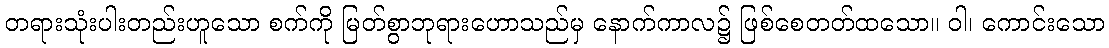
တရားသုံးပါးတည်းဟူသော စက်ကို မြတ်စွာဘုရားဟောသည်မှ နောက်ကာလ၌ ဖြစ်စေတတ်ထသော။ ဝါ၊ ကောင်းသော